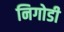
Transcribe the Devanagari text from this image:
निगोडी